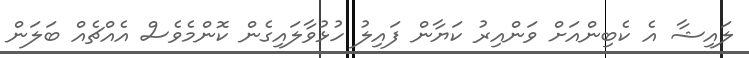
ލައިޝާ އެ ކެބިންއަށް ވަންއިރު ކަޔާން ފައިލު ހުޅުވާލައިގެން ކޮންމެވެސް އެއްޗެއް ބަލަން